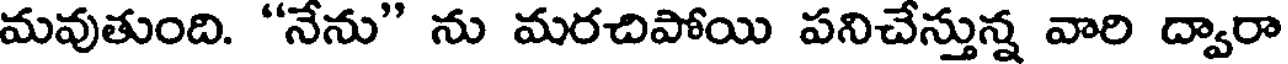
మవుతుంది. "నేను" ను మరచిపోయి పనిచేస్తున్న వారి ద్వారా